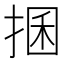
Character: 𢮖